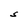
Character: S